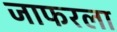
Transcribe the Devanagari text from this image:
जाफरला